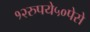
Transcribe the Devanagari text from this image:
१२रुपये५०पेसे